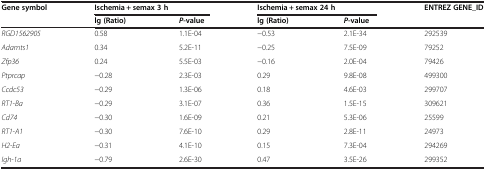
<table><thead><tr><td rowspan="2"><b>Gene symbol</b></td><td colspan="2"><b>Ischemia + semax 3 h</b></td><td colspan="2"><b>Ischemia + semax 24 h</b></td><td rowspan="2"><b>ENTREZ GENE_ID</b></td></tr><tr><td><b>lg (Ratio)</b></td><td><b><i>P</i>-value</b></td><td><b>lg (Ratio)</b></td><td><b><i>P</i>-value</b></td></tr></thead><tbody><tr><td><i>RGD1562905</i></td><td>0.58</td><td>1.1E-04</td><td>−0.53</td><td>2.1E-34</td><td>292539</td></tr><tr><td><i>Adamts1</i></td><td>0.34</td><td>5.2E-11</td><td>−0.25</td><td>7.5E-09</td><td>79252</td></tr><tr><td><i>Zfp36</i></td><td>0.24</td><td>5.5E-03</td><td>−0.16</td><td>2.0E-04</td><td>79426</td></tr><tr><td><i>Ptprcap</i></td><td>−0.28</td><td>2.3E-03</td><td>0.29</td><td>9.8E-08</td><td>499300</td></tr><tr><td><i>Ccdc53</i></td><td>−0.29</td><td>1.3E-06</td><td>0.18</td><td>4.6E-03</td><td>299707</td></tr><tr><td><i>RT1-Ba</i></td><td>−0.29</td><td>3.1E-07</td><td>0.36</td><td>1.5E-15</td><td>309621</td></tr><tr><td><i>Cd74</i></td><td>−0.30</td><td>1.6E-09</td><td>0.21</td><td>5.3E-06</td><td>25599</td></tr><tr><td><i>RT1-A1</i></td><td>−0.30</td><td>7.6E-10</td><td>0.29</td><td>2.8E-11</td><td>24973</td></tr><tr><td><i>H2-Ea</i></td><td>−0.31</td><td>4.1E-10</td><td>0.15</td><td>7.3E-04</td><td>294269</td></tr><tr><td><i>Igh-1a</i></td><td>−0.79</td><td>2.6E-30</td><td>0.47</td><td>3.5E-26</td><td>299352</td></tr></tbody></table>